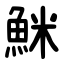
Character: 䱊